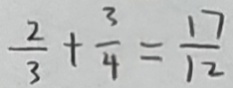
\frac { 2 } { 3 } + \frac { 3 } { 4 } = \frac { 1 7 } { 1 2 }